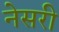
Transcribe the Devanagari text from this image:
नेसरी